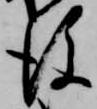
後